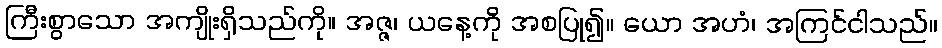
ကြီးစွာသော အကျိုးရှိသည်ကို။ အဇ္ဇ၊ ယနေ့ကို အစပြု၍။ ယော အဟံ၊ အကြင်ငါသည်။